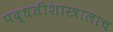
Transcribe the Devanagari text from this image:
पद्धतीशास्त्रालाच